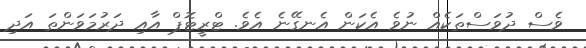
ވެސް ދުވަސްތަކެއް ނުވެ އެކަން އެނގޭނެ އެވެ. ޓްރީޓޮޕް އާއި ދަރުމަވަންތަ އަދި